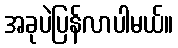
အခုပဲပြန်လာပါမယ်။